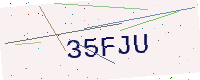
Text: 35FJU